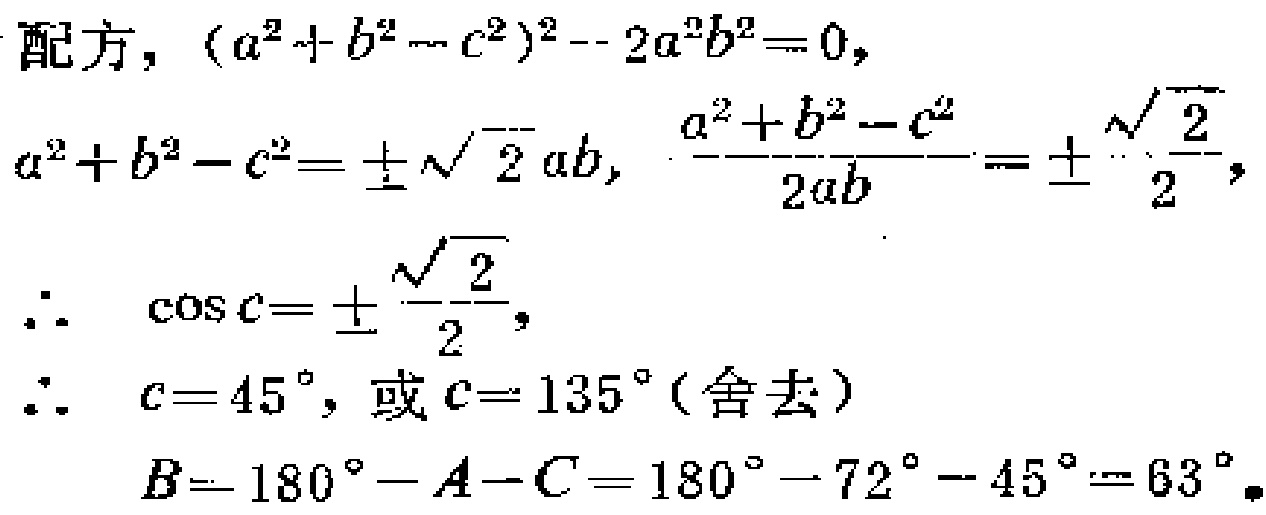
配方, \((a^{2}+b^{2}-c^{2})^{2}-2a^{2}b^{2}=0\),
\(a^{2}+b^{2}-c^{2}=\pm\sqrt{2}ab\), \(\frac{a^{2}+b^{2}-c^{2}}{2ab}=\pm\frac{\sqrt{2}}{2}\),
\(\therefore\ \cos C = \pm\frac{\sqrt{2}}{2}\),
\(\therefore\ C = 45^{\circ}\), 或 \(C = 135^{\circ}\) (舍去)
\(\therefore\ B=180^{\circ}-A - C=180^{\circ}-72^{\circ}-45^{\circ}=63^{\circ}\).